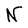
Character: N